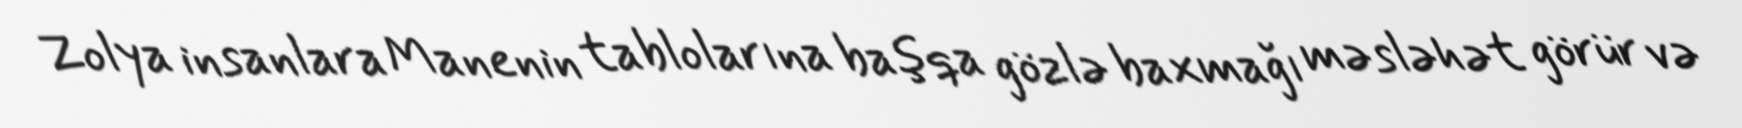
Zolya insanlara Manenin tablolarına başqa gözlə baxmağı məsləhət görür və